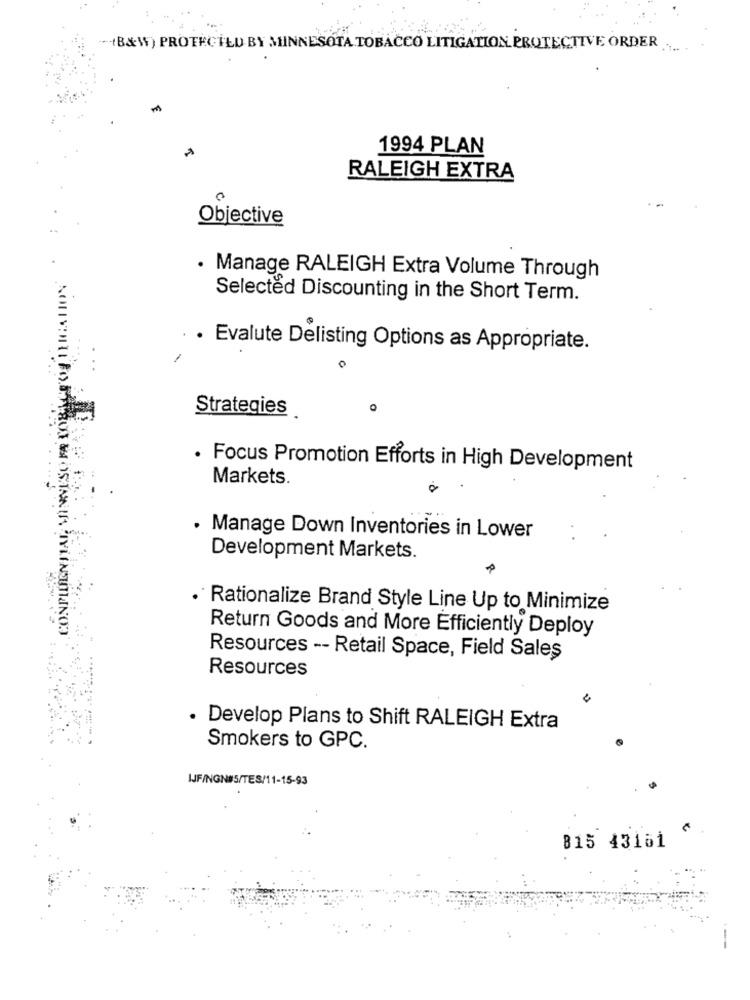
-(B&W) PROTECTED BY MINNESOTA TOBACCO LITIGATION PROTECTIVE ORDER .....
1994 PLAN
RALEIGH EXTRA
Objective
Manage RALEIGH Extra Volume Through
Selected Discounting in the Short Term.
Evalute Delisting Options as Appropriate.
C
Strategies
Focus Promotion Efforts in High Development
Markets.
. Manage Down Inventories in Lower
Development Markets.
Rationalize Brand Style Line Up to Minimize
Return Goods and More Efficiently Deploy
Resources -- Retail Space, Field Sales
Resources
Develop Plans to Shift RALEIGH Extra
Smokers to GPC.
IJF/NGN#5/TES/11-15-93
815 43161